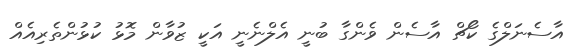
އާސެނަލްގެ ކޯޗް އާސެން ވެންގާ ބުނީ އެލްނެނީ އަކީ ޒުވާން މޮޅު ކުޅުންތެރިއެއް